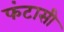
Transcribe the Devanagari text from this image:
फंटासी